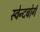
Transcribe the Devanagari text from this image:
स्वेन्दबोर्ग